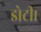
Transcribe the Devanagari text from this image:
डोटी।